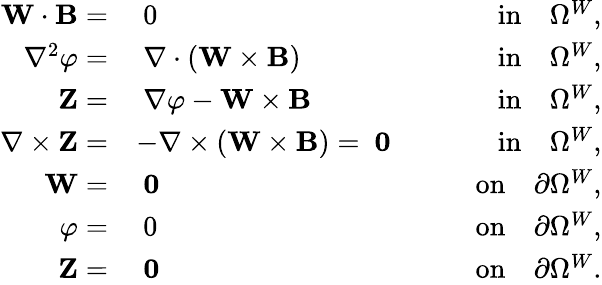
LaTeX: \begin{array}{rlr}{\mathbf{W}\cdot{\mathbf B}=}&{~0}&{\qquad\mathrm{in}\quad\Omega^{W},}\\ {\nabla^{2}{\varphi}=}&{~\nabla\cdot\left(\mathbf{W}\times{\mathbf B}\right)}&{\qquad\mathrm{in}\quad\Omega^{W},}\\ {\mathbf{Z}=}&{~\nabla\varphi-\mathbf{W}\times{\mathbf B}}&{\qquad\mathrm{in}\quad\Omega^{W},}\\ {\nabla\times\mathbf{Z}=}&{-\nabla\times(\mathbf{W}\times{\mathbf B})=~\mathbf{0}}&{\qquad\mathrm{in}\quad\Omega^{W},}\\ {\mathbf{W}=}&{~\mathbf{0}}&{\qquad\mathrm{on}\quad\partial\Omega^{W},}\\ {\varphi=}&{~0}&{\qquad\mathrm{on}\quad\partial\Omega^{W},}\\ {\mathbf{Z}=}&{~\mathbf{0}}&{\qquad\mathrm{on}\quad\partial\Omega^{W}.}\end{array}